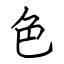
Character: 色